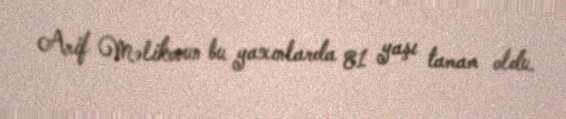
Arif Məlikovun bu yaxınlarda 81 yaşı tamam oldu.